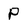
Character: P